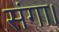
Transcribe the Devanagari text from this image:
संगा।